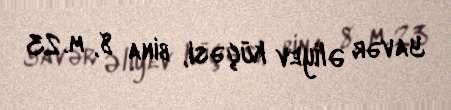
Yavər Əliyev küçəsi, bina 8, m. 23